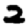
Digit: 2